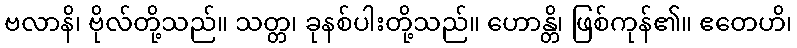
ဗလာနိ၊ ဗိုလ်တို့သည်။ သတ္တ၊ ခုနစ်ပါးတို့သည်။ ဟောန္တိ၊ ဖြစ်ကုန်၏။ ဧတေဟိ၊